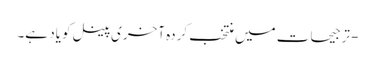
- ترجیحات میں منتخب کردہ آخری پینل کو یاد ہے۔